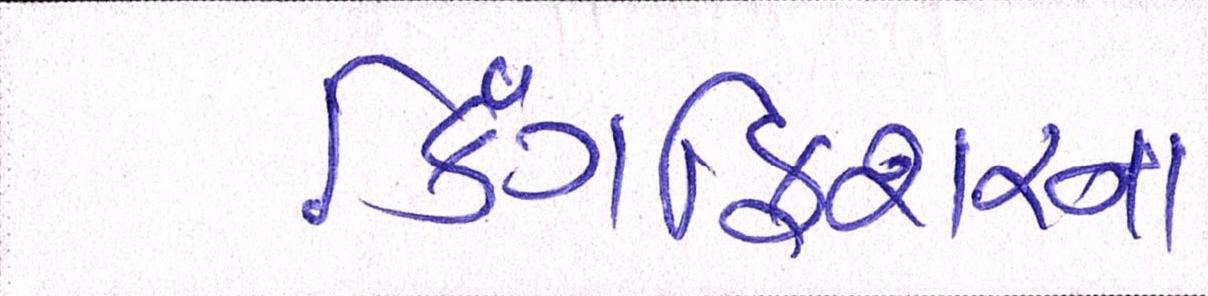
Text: કિંગફિશરના